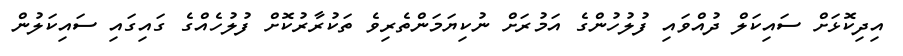
އިދިކޮޅަށް ސައިކަލް ދުއްވައި ފުލުހުންގެ އަމުރަށް ނުކިޔަމަންތެރިވެ ތަކުރާރުކޮށް ފުލުހެއްގެ ގައިގައި ސައިކަލުން